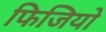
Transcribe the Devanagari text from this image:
फिजियो